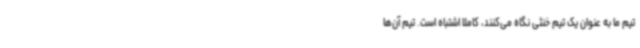
تیم ما به عنوان یک تیم خنثی نگاه می‌کنند، کاملا اشتباه است. تیم آن‌ها